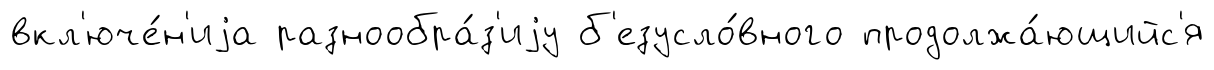
вкл'юче́н'иjа разнообра́з'иjу б'езусло́вного продолжа́ющийс'я